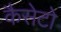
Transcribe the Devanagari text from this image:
कैसेटो